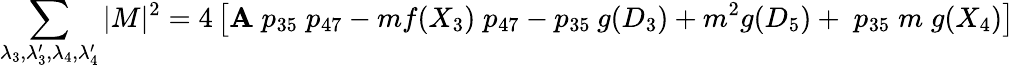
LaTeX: \sum_{\lambda_{3},\lambda_{3}^{\prime},\lambda_{4},\lambda_{4}^{\prime}}|M|^{2}=4\left[\mathbf{A}\; p_{35}\; p_{47}-mf(X_{3})\; p_{47}-p_{35}\: g(D_{3})+m^{2}g(D_{5})+\; p_{35}\; m\; g(X_{4})\right]